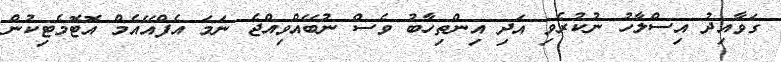
ގަވާއިދު އިސްލާހު ނުކުރެވި އަދި އިންތިހާބު ވެސް ނުބޭއްވިއްޖެ ނަމަ އެފްއޭއެމް އޮޓޮމެޓިކުން